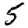
Digit: 5